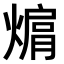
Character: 𤍦